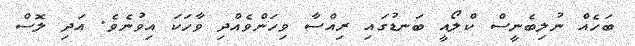
ބަހެއް ނުލިބެނީސް ކްލޯއީ ބަނޑުގައި ރިއްސާ ވިހަންވެއްދި ވާހަކަ އިވުނެވެ. އަދި ލޮސް